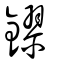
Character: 鏐